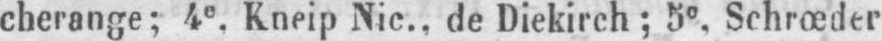
cherange; 4e Kneip Nic., de Diekirch; 5e Schrœder